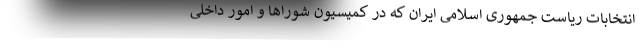
انتخابات ریاست جمهوری اسلامی ایران که در کمیسیون شوراها و امور داخلی